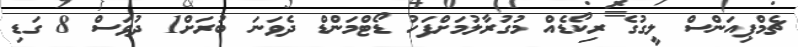
ޗެމްޕިއަންސް ލީގުގެ ރިކޯޑެއް މުގުރާލުމަށްފަހު ޑޯޓްމަންޑް ދެވަނަ ބުރަށް1 ދުވަސް 8 ގަޑި